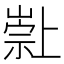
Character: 𱜌